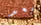
بعد